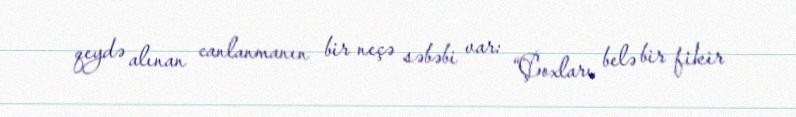
qeydə alınan canlanmanın bir neçə səbəbi var: “Çoxları belə bir fikir